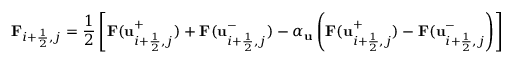
\mathbf F _ { i + \frac { 1 } { 2 } , j } = \frac { 1 } { 2 } \left[ \mathbf F ( \mathbf u _ { i + \frac { 1 } { 2 } , j } ^ { + } ) + \mathbf F ( \mathbf u _ { i + \frac { 1 } { 2 } , j } ^ { - } ) - \alpha _ { \mathbf u } \left( \mathbf F ( \mathbf u _ { i + \frac { 1 } { 2 } , j } ^ { + } ) - \mathbf F ( \mathbf u _ { i + \frac { 1 } { 2 } , j } ^ { - } \right) \right]